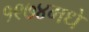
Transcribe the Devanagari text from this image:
१९७४मधे